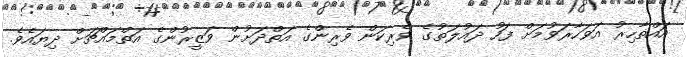
އައްޡާހިރު އަވަހާރަވުމަށް ފަހު ދައުލަތުގެ ވެރިކަން ވެރިންގެ އަތްދަށުން ވަޒީރުންގެ އަތްމައްޗަށް ދިޔައެވެ.